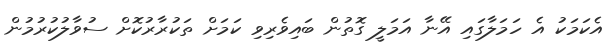
އެކަމަކު އެ ހަމަލާގައި އޭނާ އަމަލީ ގޮތުން ބައިވެރިވި ކަމަށް ތަކުރާރުކޮށް ސުވާލުކުރުމުން